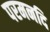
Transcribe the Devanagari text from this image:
परमनदि